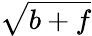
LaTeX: \sqrt{b+f}